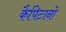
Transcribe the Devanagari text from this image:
कैपिटानो